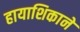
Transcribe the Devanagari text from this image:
हायाशिकाने